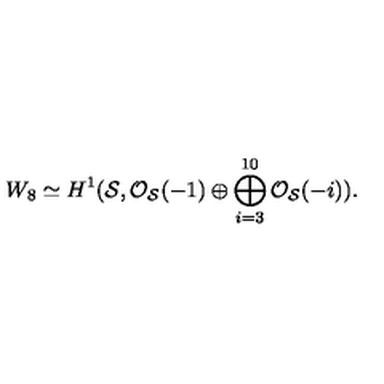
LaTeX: W _ { 8 } \simeq H ^ { 1 } ( { \cal S } , { \cal O } _ { \cal S } ( - 1 ) \oplus \bigoplus _ { i = 3 } ^ { 1 0 } { \cal O } _ { \cal S } ( - i ) ) .